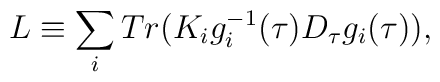
L \equiv \sum_{i} Tr (K_i g^{-1}_{i}(\tau) D_{\tau}g_{i}(\tau)) ,